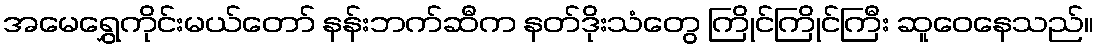
အမေရွှေကိုင်းမယ်တော် နန်းဘက်ဆီက နတ်ဒိုးသံတွေ ကြိုင်ကြိုင်ကြီး ဆူဝေနေသည်။